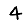
Digit: 4